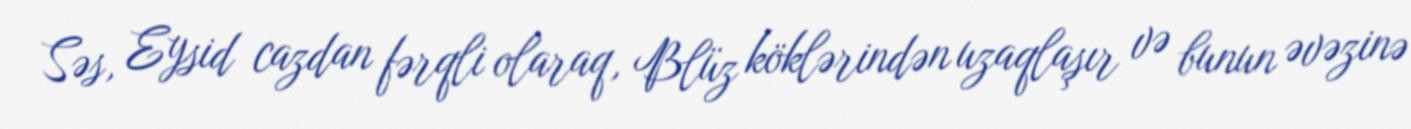
Səs, Eysid cazdan fərqli olaraq, Blüz köklərindən uzaqlaşır və bunun əvəzinə